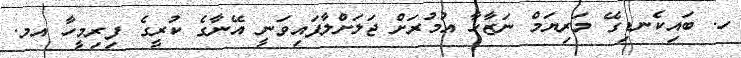
ހ. ބައިކެނޑިގޭ މަރިޔަމް ނަޒާހާ އުމުރަށް ޖަލަށްލާފައިވަނީ އޭނާގެ ކުރީގެ ފިރިމީހާ އމ.